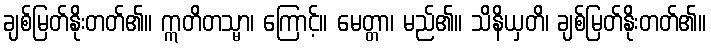
ချစ်မြတ်နိုးတတ်၏။ ဣတိတသ္မာ၊ ကြောင့်။ မေတ္တာ၊ မည်၏။ သိနိယှတိ၊ ချစ်မြတ်နိုးတတ်၏။